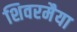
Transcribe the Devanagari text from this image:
शिवरमैया